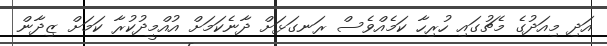
އަދި މިއަދުގެ މެޗުގައި ހުރިހާ ކަމެއްވެސް ރަނގަޅަށް ދާނެކަމަށް އުއްމީދުކުރާ ކަމަށް ޒިދާން